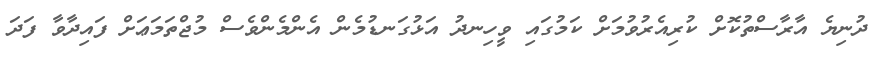
ދުނިޔެ އާރާސްތުކޮށް ކުރިއެރުވުމަށް ކަމުގައި ވީހިނދު އަޅުގަނޑުމެން އެންމެންވެސް މުޖްތަމަޢަށް ފައިދާވާ ފަދަ